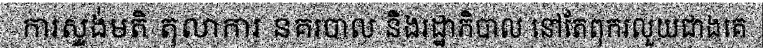
ការស្ទង់មតិ តុលាការ នគរបាល និងរដ្ឋាភិបាល នៅតែពុករលួយជាងគេ